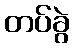
တပ်ခွဲ